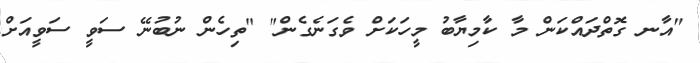
"އާނ ގޮތްދައްކަން މާ ކާމިޔާބު މީހަކަށް ވެގަނެގެން" "ތިހެން ނުބުނޭ ސަވީ ސަވީއަށް